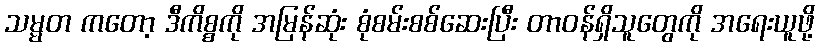
သမ္မတ ကတော့ ဒီကိစ္စကို အမြန်ဆုံး စုံစမ်းစစ်ဆေးပြီး တာဝန်ရှိသူတွေကို အရေးယူဖို့